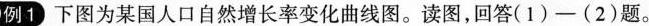
例1 下图为某国人口自然增长率变化曲线图。读图，回答(1)-(2)题。